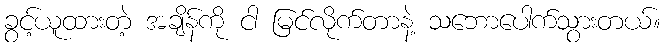
ခွင့်ယူထားတဲ့ အချိန်ကို ငါ မြင်လိုက်တာနဲ့ သဘောပေါက်သွားတယ်။